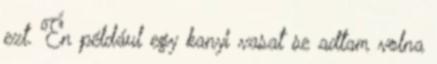
ezt. Én például egy kanyi vasat se adtam volna